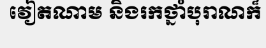
វៀតណាម និងរកថ្នាំបុរាណក៏